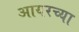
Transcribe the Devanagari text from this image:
आयरच्या